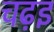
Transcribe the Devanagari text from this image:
चढ़इ